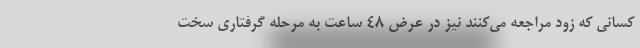
کسانی که زود مراجعه می‌کنند نیز در عرض ۴۸ ساعت به مرحله گرفتاری سخت